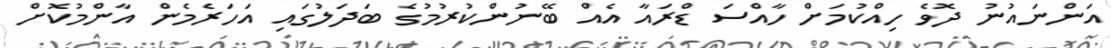
އަންނައުނު ދޮވެ ހިއްކުމަށް ހާއްސަ ޑްރައާ އެއް ބޭނުންކުރުމުގެ ބަދަލުގައި އަހަރެމެން އާންމުކޮށް